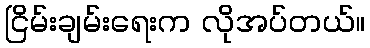
ငြိမ်းချမ်းရေးက လိုအပ်တယ်။